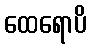
ထေရောပိ